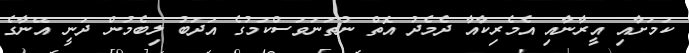
ކަމަށާއި އީރާނާއި އެމެރިކާއާ ދެމެދު އޮތް ނުތަނަވަސްކަމުގެ އަދަބު ލިބެމުން ދަނީ އޭނާގެ